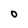
Character: O